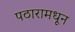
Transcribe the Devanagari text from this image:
पठारामधून